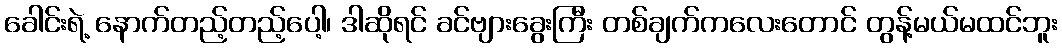
ခေါင်းရဲ့ နောက်တည့်တည့်ပေါ့၊ ဒါဆိုရင် ခင်ဗျားခွေးကြီး တစ်ချက်ကလေးတောင် တွန့်မယ်မထင်ဘူး